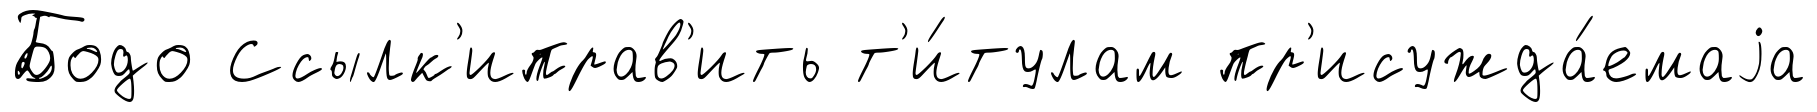
Бодо Ссылк'иправ'ить т'и́тулам пр'исужда́емаjа